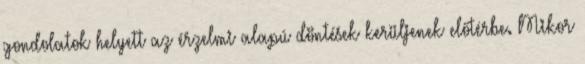
gondolatok helyett az érzelmi alapú döntések kerüljenek előtérbe. Mikor